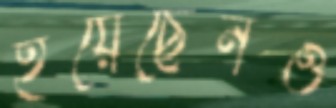
হয়েছেনও